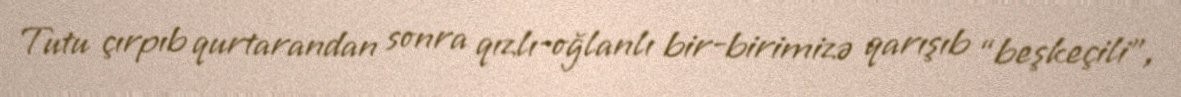
Tutu çırpıb qurtarandan sonra qızlı-oğlanlı bir-birimizə qarışıb “beşkeçili”,